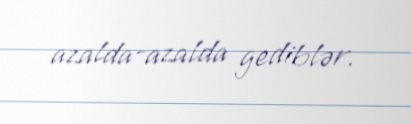
azalda-azalda gediblər.